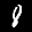
Label: 8